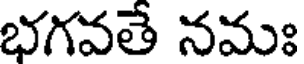
భగవతే నమః